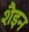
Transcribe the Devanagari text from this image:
शैइन